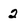
Character: 2